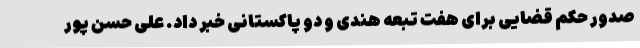
صدور حکم قضایی برای هفت تبعه هندی و دو پاکستانی خبر داد. علی حسن پور